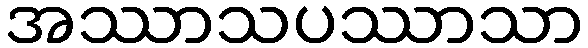
အဿာသပဿာသာ